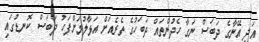
އަދި އޭނާގެ ދަބަސް ނަގާ ހެދުންތައް ދަބަހުގެ ތެރެއަށް އަޅާލުމަށްފަހު ދަބަސް ކޮނޑުގައި